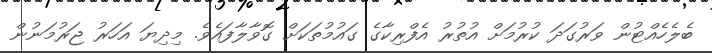
ބެލެހެއްޓުން ވަރުގަދަ ކުރުމަށް އުތުރު އެފްރިކާގެ ގައުމުތަކަށް ގޮވާލާފައެވެ. މިދިޔަ އަހަރު ޖަރުމަނުން